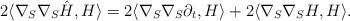
LaTeX: \begin{align*}2\langle\nabla_S\nabla_S\hat H,H\rangle=2\langle \nabla_S\nabla_S{\partial_t},H\rangle+2\langle \nabla_S\nabla_S{H},H\rangle. \end{align*}